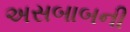
અસબાબની